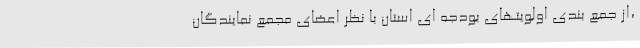
،از جمع بندی اولویتهای بودجه ای استان با نظر اعضای مجمع نمایندگان